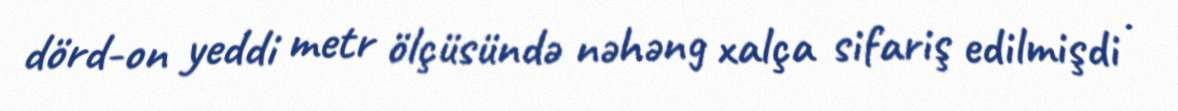
dörd-on yeddi metr ölçüsündə nəhəng xalça sifariş edilmişdi .